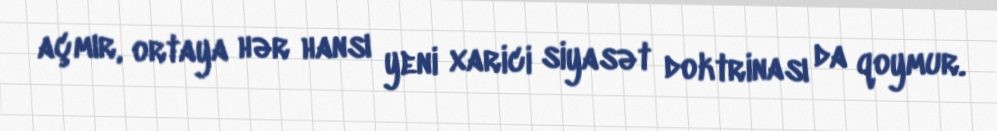
açmır, ortaya hər hansı yeni xarici siyasət doktrinası da qoymur.